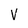
Character: V